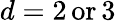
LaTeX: d=2\, \mathrm{{or}\, 3}